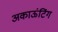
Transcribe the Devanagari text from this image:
अकाऊंटिंग